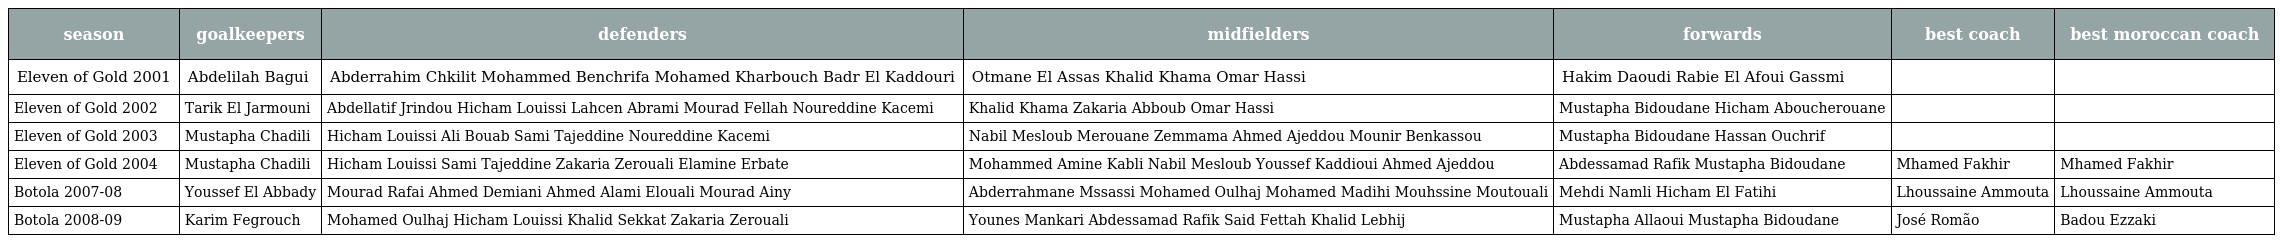
| season | goalkeepers | defenders | midfielders | forwards | best coach | best moroccan coach |
 | --- | --- | --- | --- | --- | --- | --- |
 | Eleven of Gold 2001 | Abdelilah Bagui | Abderrahim Chkilit Mohammed Benchrifa Mohamed Kharbouch Badr El Kaddouri | Otmane El Assas Khalid Khama Omar Hassi | Hakim Daoudi Rabie El Afoui Gassmi |  |  |
 | Eleven of Gold 2002 | Tarik El Jarmouni | Abdellatif Jrindou Hicham Louissi Lahcen Abrami Mourad Fellah Noureddine Kacemi | Khalid Khama Zakaria Abboub Omar Hassi | Mustapha Bidoudane Hicham Aboucherouane |  |  |
 | Eleven of Gold 2003 | Mustapha Chadili | Hicham Louissi Ali Bouab Sami Tajeddine Noureddine Kacemi | Nabil Mesloub Merouane Zemmama Ahmed Ajeddou Mounir Benkassou | Mustapha Bidoudane Hassan Ouchrif |  |  |
 | Eleven of Gold 2004 | Mustapha Chadili | Hicham Louissi Sami Tajeddine Zakaria Zerouali Elamine Erbate | Mohammed Amine Kabli Nabil Mesloub Youssef Kaddioui Ahmed Ajeddou | Abdessamad Rafik Mustapha Bidoudane | Mhamed Fakhir | Mhamed Fakhir |
 | Botola 2007-08 | Youssef El Abbady | Mourad Rafai Ahmed Demiani Ahmed Alami Elouali Mourad Ainy | Abderrahmane Mssassi Mohamed Oulhaj Mohamed Madihi Mouhssine Moutouali | Mehdi Namli Hicham El Fatihi | Lhoussaine Ammouta | Lhoussaine Ammouta |
 | Botola 2008-09 | Karim Fegrouch | Mohamed Oulhaj Hicham Louissi Khalid Sekkat Zakaria Zerouali | Younes Mankari Abdessamad Rafik Said Fettah Khalid Lebhij | Mustapha Allaoui Mustapha Bidoudane | José Romão | Badou Ezzaki |